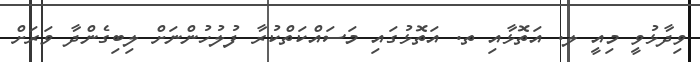
ވިދާޅުވީ މިއީ ލ. އަތޮޅާއި ތ. އަތޮޅުގައި މަސައްކަތްކުރާ ފުލުހުންނަށް ލިބިގެންދާ ވަރަށް